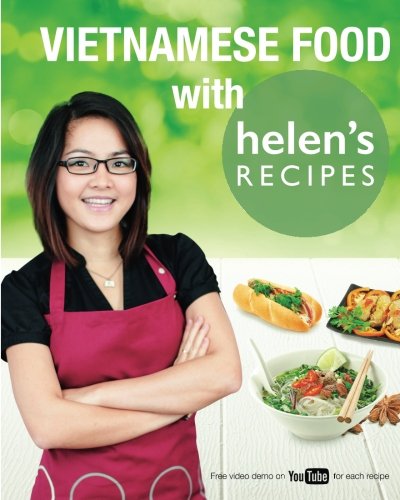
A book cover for Vietnamese Food with Helen's Recipes; Helen Le; Cookbooks, Food & Wine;